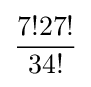
{\frac {7!27!}{34!}}